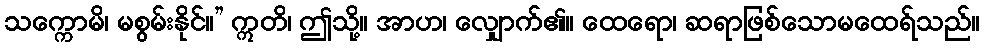
သက္ကောမိ၊ မစွမ်းနိုင်။” ဣတိ၊ ဤသို့။ အာဟ၊ လျှောက်၏။ ထေရော၊ ဆရာဖြစ်သောမထေရ်သည်။